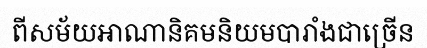
ពីសម័យអាណានិគមនិយមបារាំងជាច្រើន